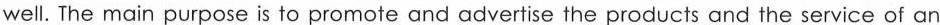
well. The main purpose is to promote and advertise the products and the service of an